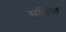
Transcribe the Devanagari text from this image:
संक्षित्प्त